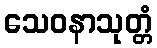
သေဝနာသုတ္တံ